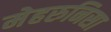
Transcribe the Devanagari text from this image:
मेहरुनिसा